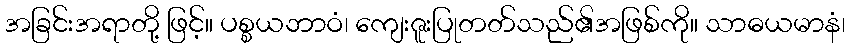
အခြင်းအရာတို့ ဖြင့်။ ပစ္စယဘာဝံ၊ ကျေးဇူးပြုတတ်သည်၏အဖြစ်ကို။ သာဓယမာနံ၊